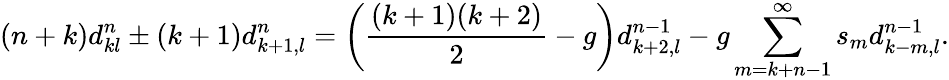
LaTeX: (n+k)d_{kl}^{n}\pm(k+1)d_{k+1,l}^{n}=\left(\frac{(k+1)(k+2)}{2}-g\right)d_{k+2,l}^{n-1}-g\sum_{m=k+n-1}^{\infty}s_{m}d_{k-m,l}^{n-1}.